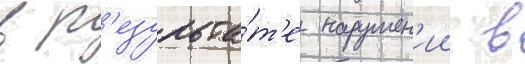
в р'езульта́т'е нарушен'ии в